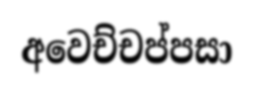
අවෙච්චප්පසා